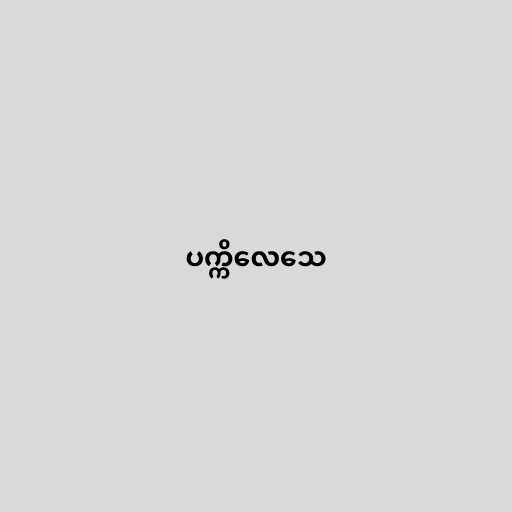
ပက္ကိလေသေ